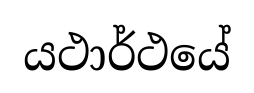
යථාර්ථයේ